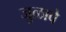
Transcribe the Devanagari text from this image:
जुळावे